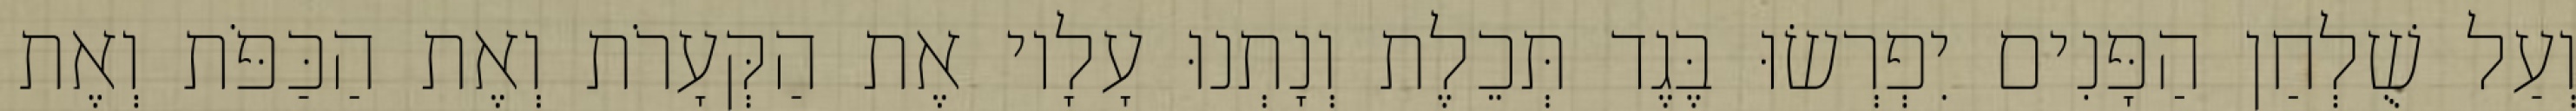
וְעַל שֻׁלְחַן הַפָּנִים יִפְרְשׂוּ בֶּגֶד תְּכֵלֶת וְנָתְנוּ עָלָיו אֶת הַקְּעָרֹת וְאֶת הַכַּפֹּת וְאֶת